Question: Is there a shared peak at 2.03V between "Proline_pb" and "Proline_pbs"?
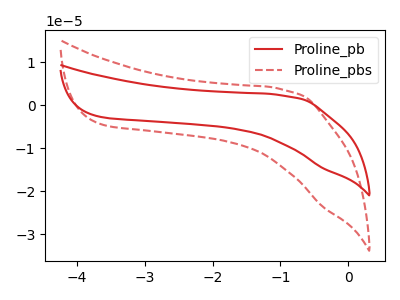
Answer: <think>The red curve "Proline_pb" has no peaks. The red dashed curve "Proline_pbs" has no peaks.</think>
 <answer>No, "Proline_pb" and "Proline_pbs" dont share a peak at 2.03V.</answer>
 <eval>mismatch</eval>